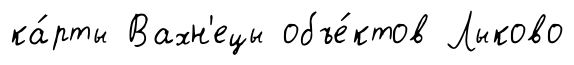
ка́рты Вахн'ецы объе́ктов Лыково